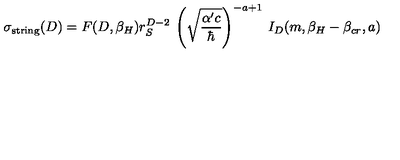
\sigma _ { \mathrm { s t r i n g } } ( D ) = F ( D , \beta _ { H } ) r _ { S } ^ { D - 2 } \: \left( \sqrt { \frac { \alpha ^ { \prime } c } { \hbar } } \right) ^ { - a + 1 } \: I _ { D } ( m , \beta _ { H } - \beta _ { c r } , a )